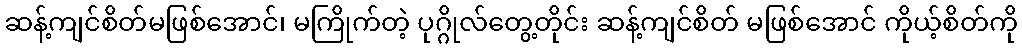
ဆန့်ကျင်စိတ်မဖြစ်အောင်၊ မကြိုက်တဲ့ ပုဂ္ဂိုလ်တွေ့တိုင်း ဆန့်ကျင်စိတ် မဖြစ်အောင် ကိုယ့်စိတ်ကို